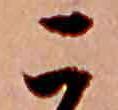
こ